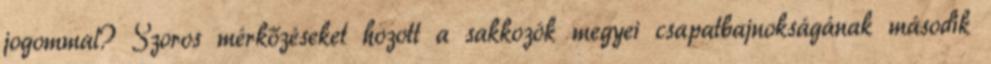
jogommal? Szoros mérkőzéseket hozott a sakkozók megyei csapatbajnokságának második